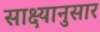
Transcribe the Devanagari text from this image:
साक्ष्यानुसार